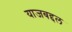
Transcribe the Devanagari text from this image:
याजबद्दल